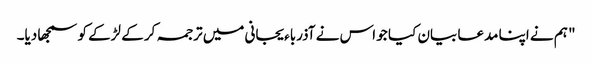
" ہم نے اپنا مدعا بیان کیا جو اس نے آذرباءیجانی میں ترجمہ کر کے لڑکے کو سمجھا دیا۔